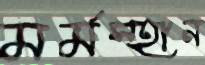
মর্মস্হান